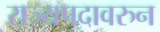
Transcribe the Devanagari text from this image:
राज्यपदावरुन